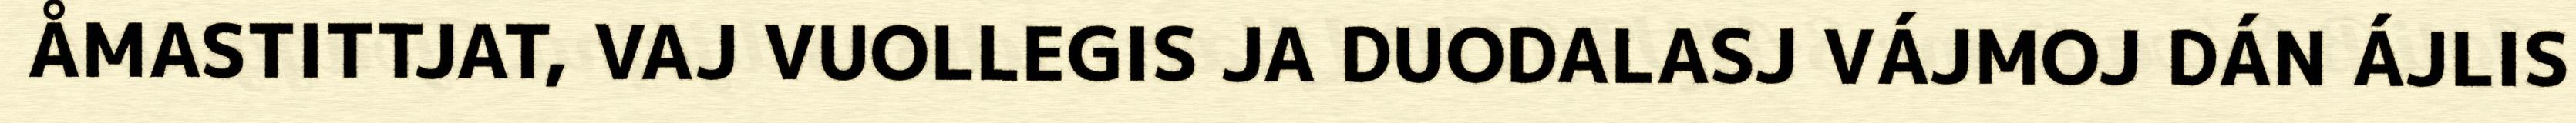
ÅMASTITTJAT, VAJ VUOLLEGIS JA DUODALASJ VÁJMOJ DÁN ÁJLIS